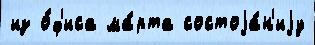
из о́ф'иса ма́рта состоjа́н'иjу